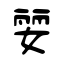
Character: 婯